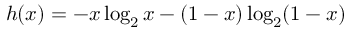
h ( x ) = - x \log _ { 2 } x - ( 1 - x ) \log _ { 2 } ( 1 - x )